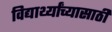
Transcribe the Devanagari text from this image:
विद्यार्थ्यांच्यासाठी